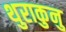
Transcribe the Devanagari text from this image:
थुराकुनु